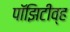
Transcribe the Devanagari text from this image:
पॉझिटीव्ह